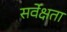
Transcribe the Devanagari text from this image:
सर्वेक्षता